Bréfritari: Þuríður Hallgrímsdóttir
Viðtakandi: Sólveig Jónsdóttir
Dagsetning: A-1850-03-25
Skrifað á: Kirkjubæ  N-Múl.
Sólveig var dóttir Þuríðar

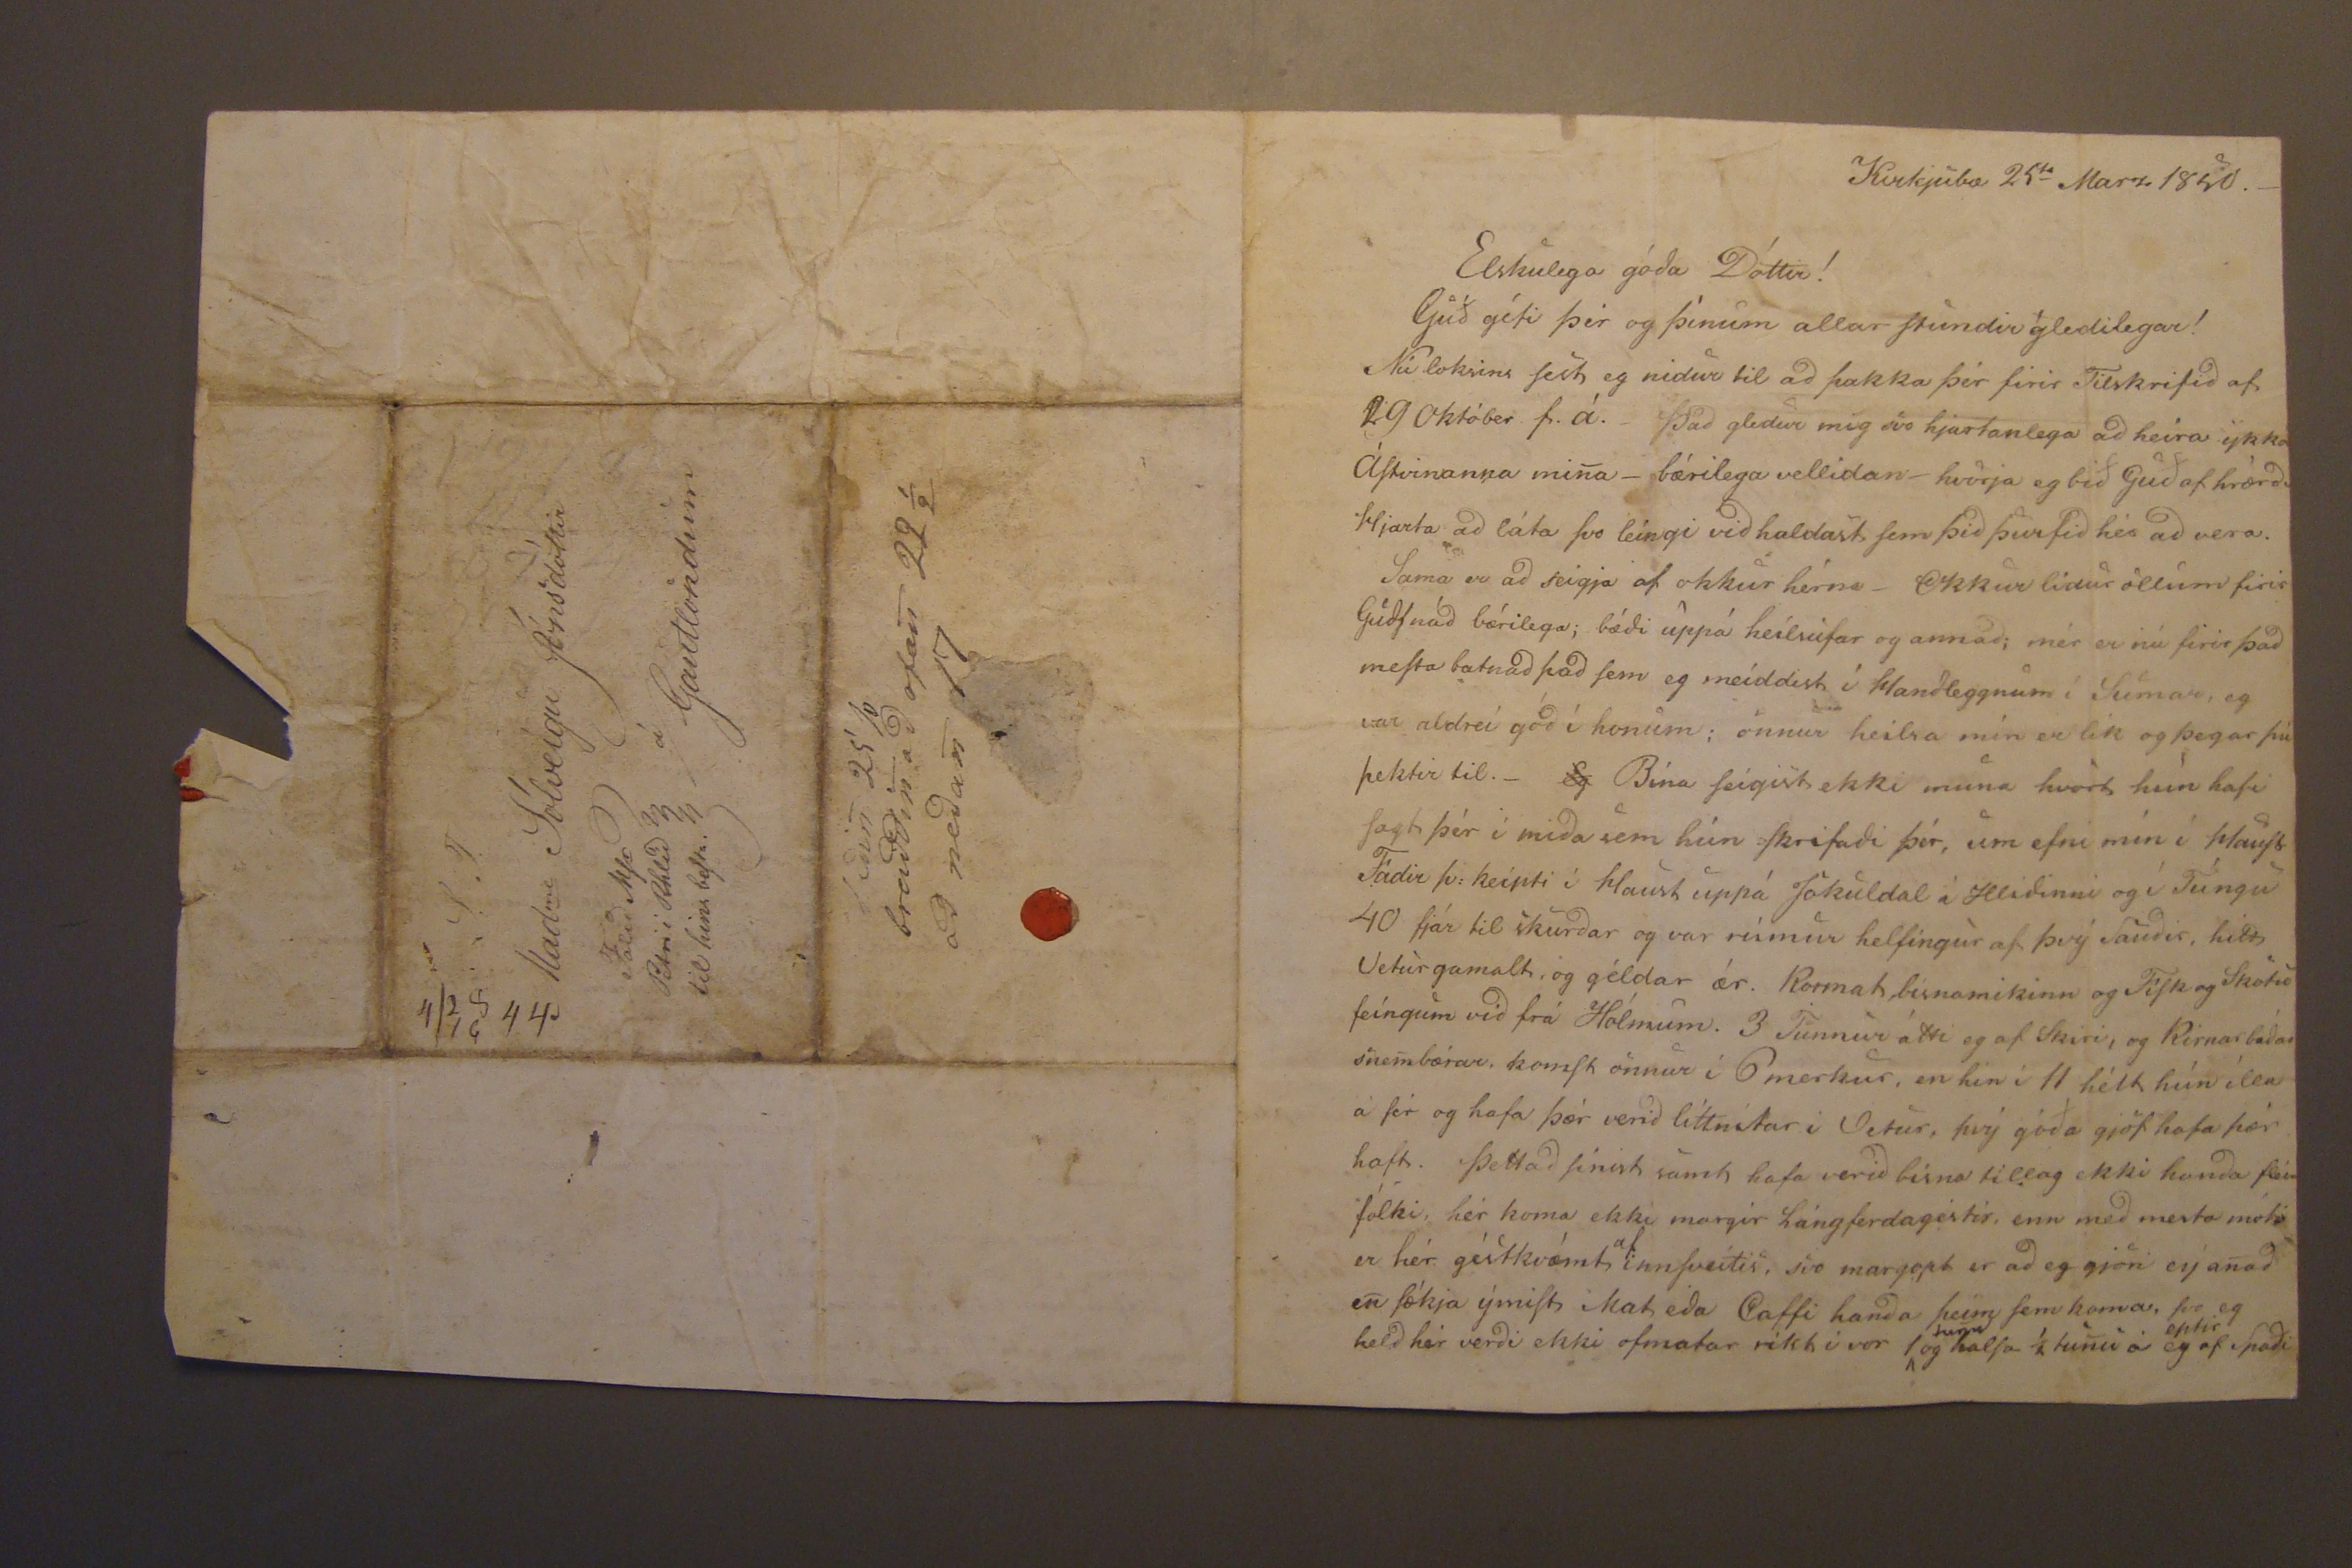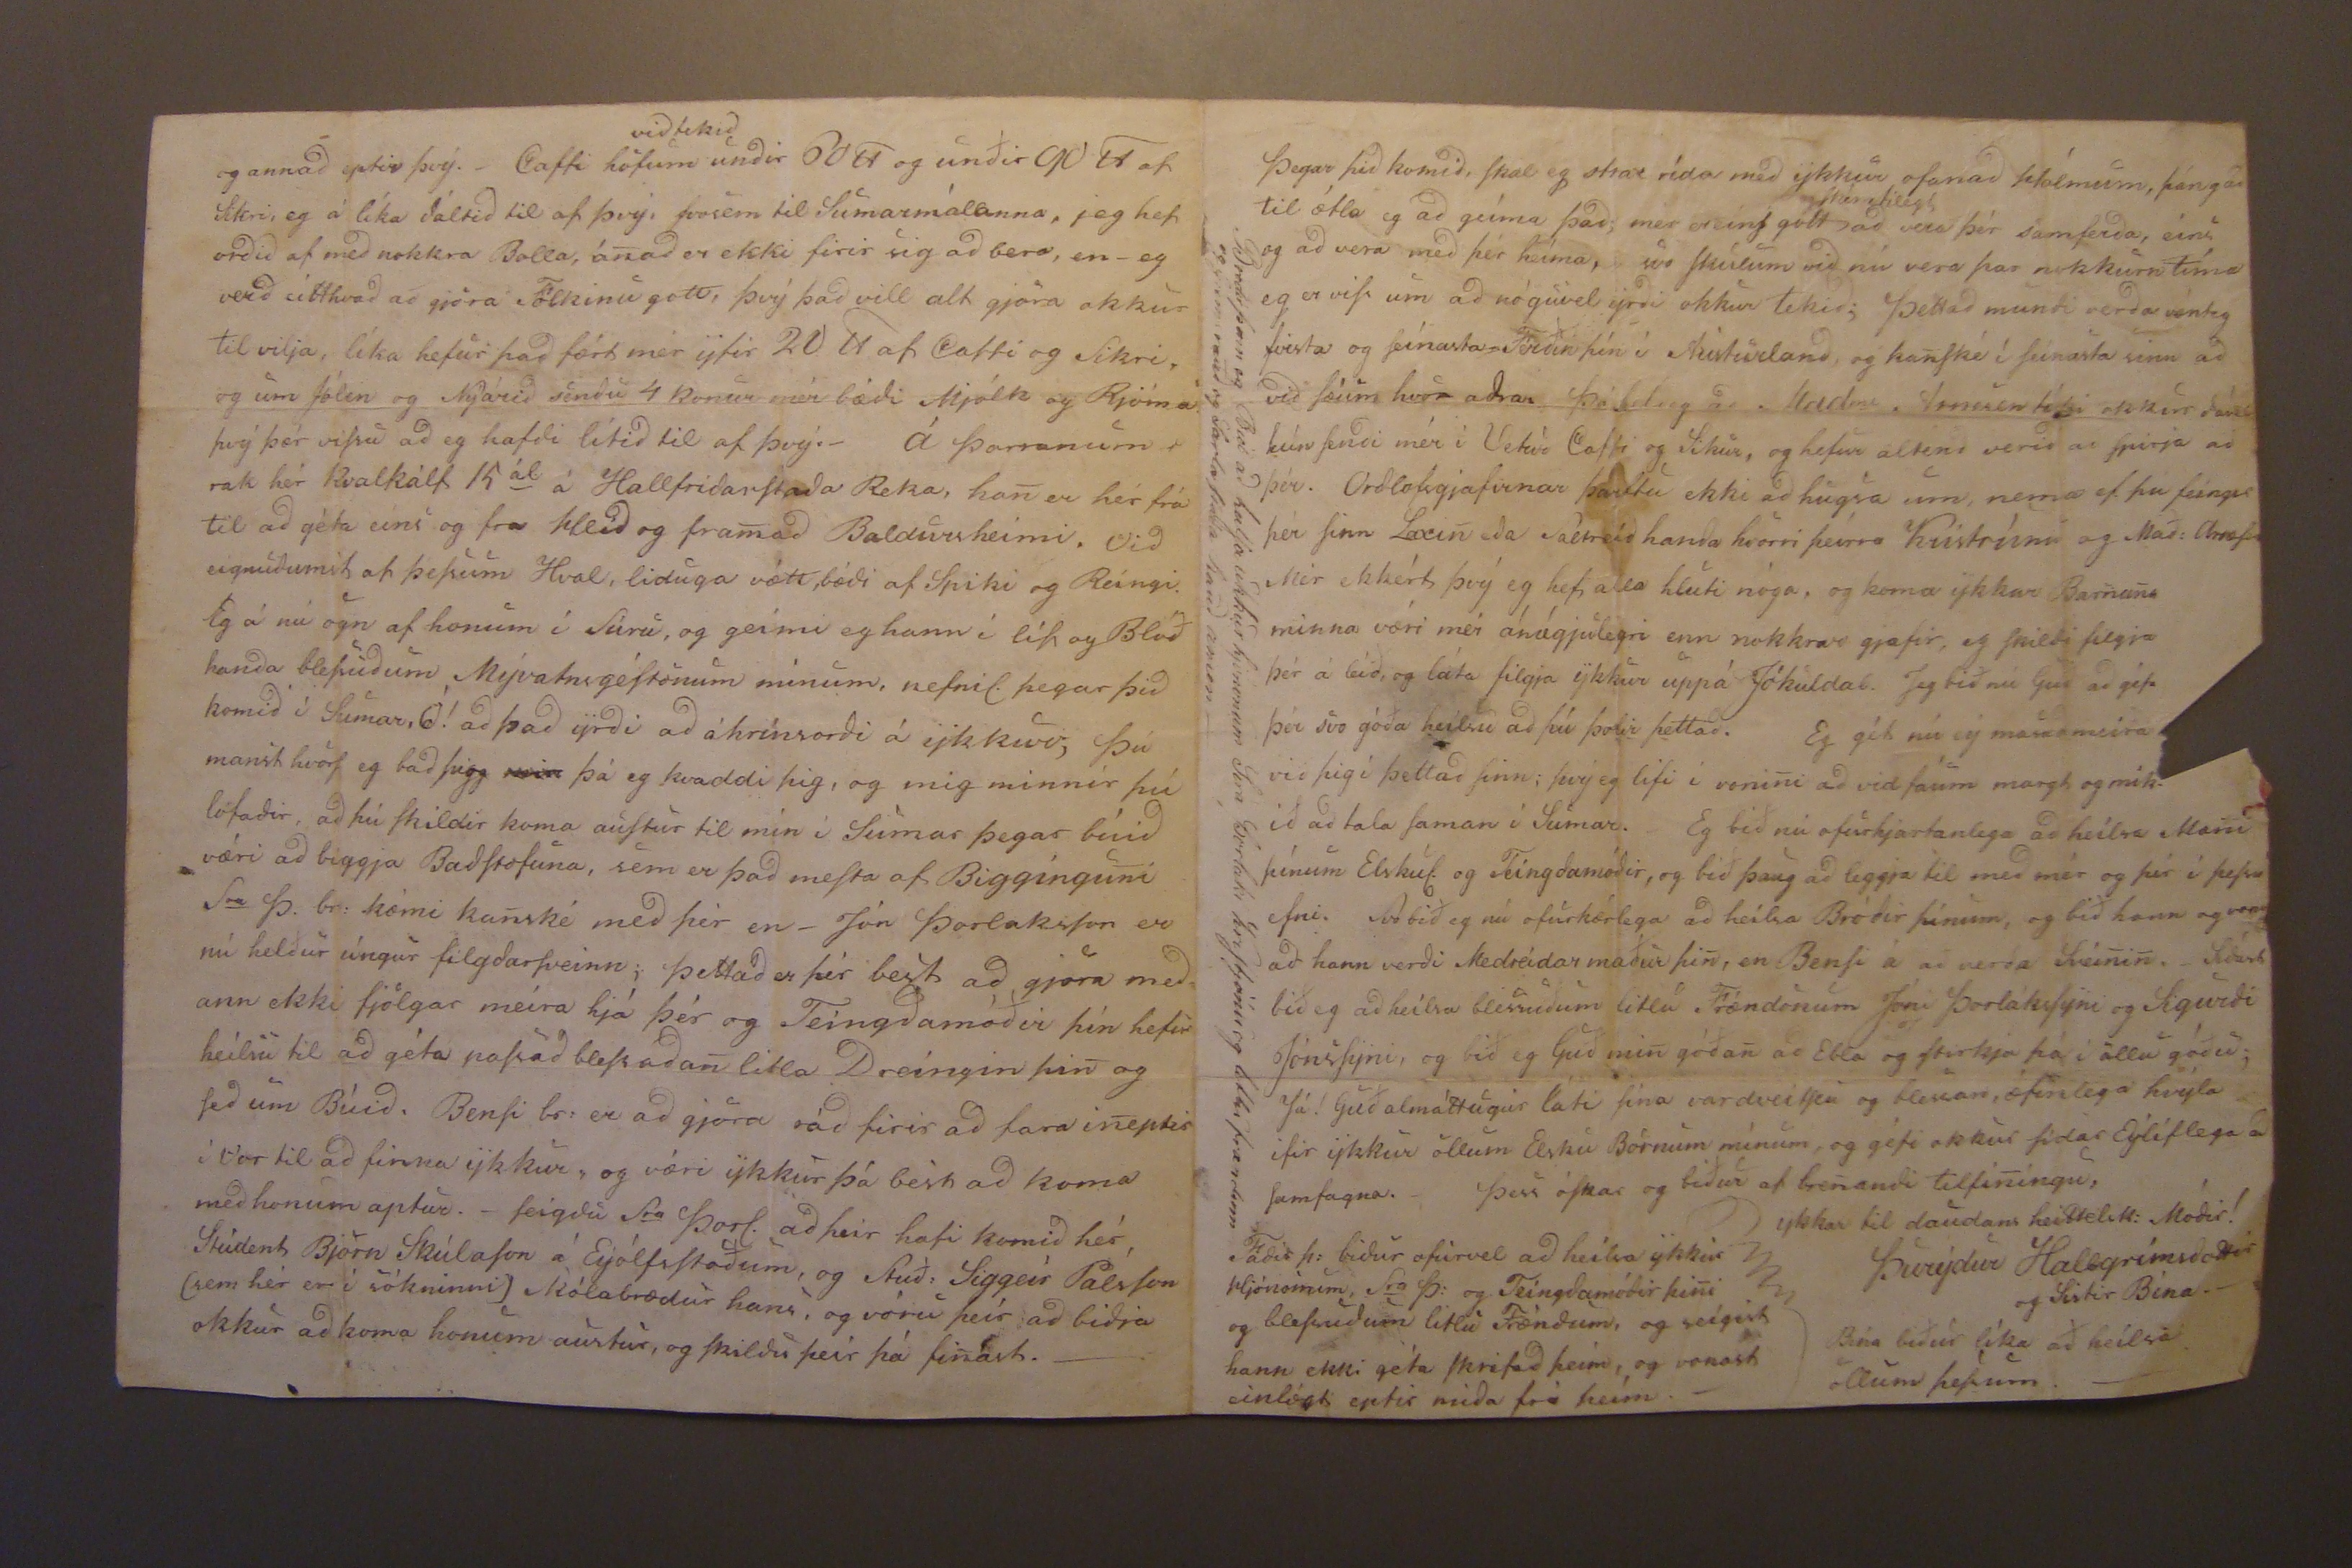

Kirkjubæ 25
ti
Marz 1850._
Elskulega góda Dóttir!
Guð gefi þer og þínum allar stundir gledilegar! Nú loksins
sest
eg nidur til ad þakka þér firir Tilskrifid af 29 Október f.á._ Þad gledur mig svo hjartanlega ad heíra ykka Ástvinanna mina_ bærilega vellidan_ hvurja eg bið Guð af hrærdu Hjarta ad láta svo leíngi vid haldast sem þid þurfid hér ad vera. Sama er ad seigja af okkur hérna _ Okkur lidur öllum firir Guds nád bærilega; bædi uppá heilsufar og annad; mér er nú firir þad mesta batnad sem eg meíddist í handleggnum í Sumar, eg var aldreí gód í honum; onnur heilsa mín er lin og þegar þú þektir til._
Eg
Bína seígist ekki muna hvort hún hafi sagt þér í mida sem hún skrifadi þér, um efni mín í haust. Fádir þ: keípti í haust uppá Jokuldal í Hlídinni og í Túngu 40 fjár til skurdar og var rúmur helfingur af þvý Saudir, hitt Veturgamalt, og géldar ær. Korma
h
bísnamikinn og Fisk og
skotu
feíngum vid frá Hólmum. 3 Tunnur átti eg af Skiri, og Kirnar bádar snembærar, komst onnur í 6 merkur, en hin í 11 hélt hún illu á sér og hafa þær verid líttnítar i Vetur, hvý góda gjöf hafa þær haft. Þettad sínist samt hafa verid bísna tillag ekki handa þ
00
fólki, hér koma ekki margir lángferdagestir, enn med mesta móti er hér géstkvæmt
af
innsveitis, svo margopt er ad eg gjori ey anad en sækja ýmist i Mat eda Caffi handa þeim sem koma, svo eg held hér verdi ekki ofmatar ríkt i vor 1^
tun
og hafla í tunu á eg
eptir
af
Spaði
og annad eptir þvý._ Caffi hofum
vid tekid
undir 60
lt
og undir 90
lt
af Sikri, eg á líka dáltid til af þvý, svosem til Sumarmálanna, jeg hef ordid af med nokkra Bolla, ánad er ekki firir sig ad bera, en- eg verd eitthvad ad gjöra Fólkinu gott, þvý þad vill alt gjöra okkur til vilja, líka hefur þad fært mér yfir 20
lt
af Caffi og Sikri, og um Jólin og Nýárid sendu 4 konur mér bædi Mjólk og Rjóma þvý þær vissu ad eg hafdi lítid til af þvý._ Á þorranum rak hér Kvalkálf 15
ál
á Hallfridarstada Reka, han er hér frá til ad géta eins og fra Hlíd og framad Baldursheimi. Vid eignudumst af þessum Hval, liduga vætt, bædi af Spiki og Reíngi. Eg á nú ogn af honum í Súru, og geimi og hann i lít og Blóð handa blessudum Mývatnsgestonum mínum, nefnil. þegar þid komid í Sumar, Ó! ad þad yrdi ad áhrínsordi á ykkur, þú manst hvort eg bad
þi0
min
þá eg kvaddi þig, og mig minnir þú lofadir, ad þú skildir koma austur til mín i Sumar þegar búid væri ad biggja Badstofuna, sem er þad mesta af Bigginguni
S
ra
Þ. br: kæmi kanské med þér en_ Jón Þorláksson er nú heldur úngur filgdarsveinn; þettad er þér best ad gjöra med= ann ekki fjölgar meira hjá þér og Teingdamóðir þín hefir heilsu til ad géta nassad blessadan litla Dreíngin þin og sed um Búid Bensi br: er ad gjöra rád firir ad fara ineptir i Vor til ad finna ykkur, og væri ykkur þá best ad koma med honum aptur. _ seigdu S
ra
Þorl. ad þeir hafi komid hér Stúdent Björn Skúlason á Eyólfsstodum, og Stuð: Siggeir Pálsson (sem hér er i sókninni) skólabrædur hans, og vóru þeír ad bidja okkur ad koma honum austur, og skildu þeir þá finast._
Þegar þid komid, skal eg strax rída med ykkur ofanad Hólmum, þángad til ætla eg ad geíma þad; mér er eins gott
og skémtilegt
ad vera þér samferda, eini og ad vera med þér heíma, svo skulum vid nú vera þar nokkurn tíma eg er viss um ad nóguvel yrdi okkur tekid; þettad mundi verda
vænleg feisla
og fínasta Ferðin þín i Austurland, og kanské í seinasta sinn ad vid sæum hvor adrar
Þó 000g ad Mad
me
Jonssen léti okkur dável
hún sendi mér i Vetur Caffi og Sikur, og hefur alténd verid ad spirja ad þér. Ordlofsgjafirnar þarftu ekki ad hugsa um, nema ef þu feingir þér hinn Laxin eda Saltreid handa hvorri þeírra Kristrúnu og Mað:
Arnæsen
Mer ekkert þvý eg hef alla hluti nóga, og koma ykkar Barnana minna væri mér ánægjulegri enn nokkrar gjafir, eg skildi filgja þér á leið, og láta filgja ykkur uppá Jókuldal. Jeg bið nú Guð ad géfa þér svo góða heilsu ad þú þolir þettad. Eg gét nú ey masad meira við þig í þettad sinn; þvý eg lifi í vonini ad vid fáum margt og mik. ið ad tala saman í Sumar. Eg bið nú ofurhjartanlega ad heilsa Mani þínum Elskul. og Teingdamódir, og bið þaug ad leggja til med mér og þér í þessu efni. Svo bið eg nú ofurkærlega ad heilsa Bródir þínum, og bið hann og vona ad hann verdi Medreidar maður þin, en Bensi á að verda Sveinin._
000rl
bið eg ad heilsa blessudum litla Frændonum Jóni Þorlákssyni og Sigurdi Jónssyni, og bið eg Guð min góðan ad Ebla og stirkja þá i öllu góðu; Já! Guð almáttugur láti sina vardveislu og blessan, æfinlega hvýla ifir ykkur öllum Elsku Börnum mínum, og géfi okkur sídar Eylíflega ad samfagna._ Þess óskar og biður af brenandi tilfiningu,
ykkar til daudans heittelsk: Módir!
Þurýdur Hallgrímsdottir og Sistir Bína._ Bína biður líka ad heilsa öllum þessum._
Fadir þ: bidur ofurvel ad heilsa ykkur hjónonum, S
ra
Þ: og Teíngdamódir þini og blessudum litlu Frændum, og seígist hann ekki géta skrifad þeim, og vonast einlægt eptir mida frá þeím._
Brodir þin eg Bid ad heilsa ukkur hjónonum Sera Þorlaki Kristján
00
og litlu frændum og
00mrand og sarla siada Rand amen _
S.T. Mad
me
Sólveigu Jónsdóttir á Gautlondum Falid
Msr Petri i Rhlíd til hins besta
Sidin 25 so breiddin ad ofan 22 1/2 ad nedan 17